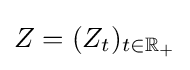
Z=(Z_{t})_{t\in \mathbb {R} _{+}}